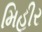
મિહીર